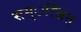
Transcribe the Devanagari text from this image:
सम्ांजित